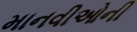
માનવીઓની